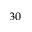
^ { 3 0 }